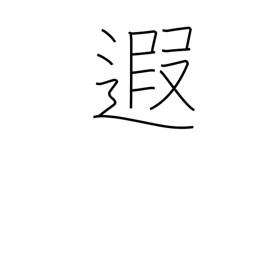
Meaning: distant